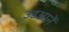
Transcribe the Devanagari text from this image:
उडआनें